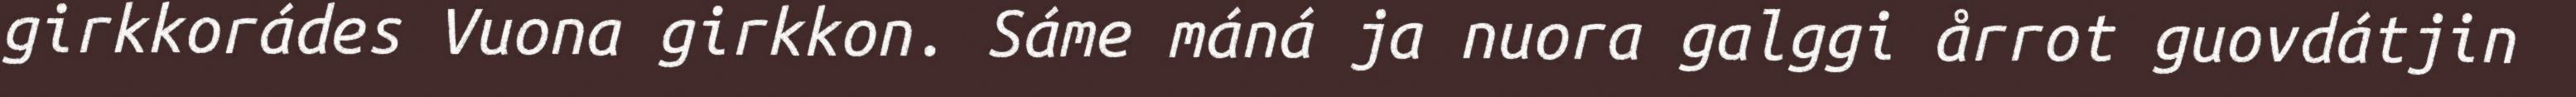
girkkorádes Vuona girkkon. Sáme máná ja nuora galggi årrot guovdátjin